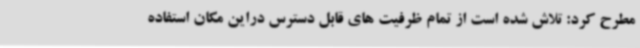
مطرح کرد: تلاش شده است از تمام ظرفیت های قابل دسترس دراین مکان استفاده